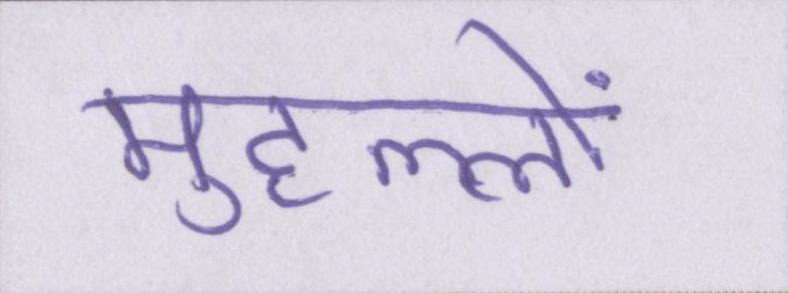
मुहल्लों